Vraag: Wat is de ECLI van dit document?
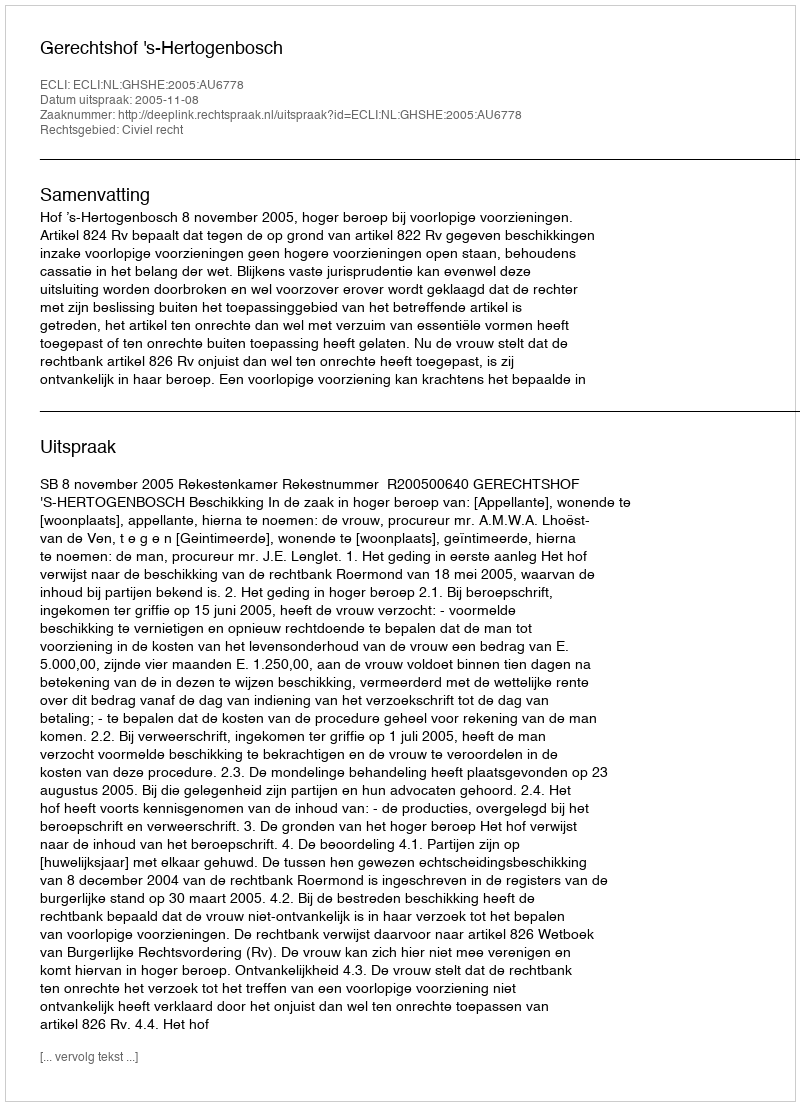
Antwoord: ECLI:NL:GHSHE:2005:AU6778